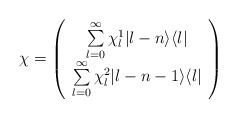
\begin{align*}\chi =\left(\begin{array}{c}\sum\limits_{l=0}^{\infty} \chi^1_l |l-n\rangle \langle l |\\\sum\limits_{l=0}^{\infty} \chi^2_l |l-n-1\rangle \langle l |\end{array}\right)\end{align*}